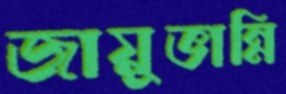
জায়ুভান্নি